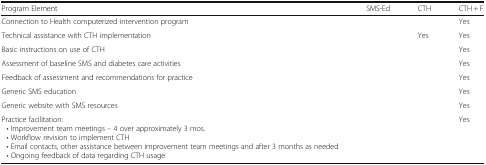
<table><thead><tr><td><b>Program Element</b></td><td><b>SMS-Ed</b></td><td><b>CTH</b></td><td><b>CTH + F</b></td></tr></thead><tbody><tr><td>Connection to Health computerized intervention program</td><td>[EMPTY_CELL]</td><td>[EMPTY_CELL]</td><td>Yes</td></tr><tr><td>Technical assistance with CTH implementation</td><td>[EMPTY_CELL]</td><td>Yes</td><td>Yes</td></tr><tr><td>Basic instructions on use of CTH</td><td>[EMPTY_CELL]</td><td>[EMPTY_CELL]</td><td>Yes</td></tr><tr><td>Assessment of baseline SMS and diabetes care activities</td><td>[EMPTY_CELL]</td><td>[EMPTY_CELL]</td><td>Yes</td></tr><tr><td>Feedback of assessment and recommendations for practice</td><td>[EMPTY_CELL]</td><td>[EMPTY_CELL]</td><td>Yes</td></tr><tr><td>Generic SMS education</td><td>[EMPTY_CELL]</td><td>[EMPTY_CELL]</td><td>Yes</td></tr><tr><td>Generic website with SMS resources</td><td>[EMPTY_CELL]</td><td>[EMPTY_CELL]</td><td>Yes</td></tr><tr><td>Practice facilitation: • Improvement team meetings – 4 over approximately 3 mos. • Workflow revision to implement CTH • Email contacts, other assistance between improvement team meetings and after 3 months as needed • Ongoing feedback of data regarding CTH usage</td><td>[EMPTY_CELL]</td><td>[EMPTY_CELL]</td><td>Yes</td></tr></tbody></table>